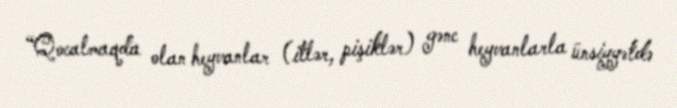
“Qocalmaqda olan heyvanlar (itlər, pişiklər) gənc heyvanlarla ünsiyyətdə